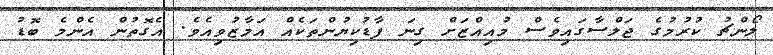
ލޯންޗު ކުރުމުގެ ޖަލްސާގައިވެސް މުއިއްޒަށް ގިނަ ފާޑުކިޔުންތަކެއް އަމާޒުވިއެވެ. އެގޮތުން އެންމެ ބޮޑު